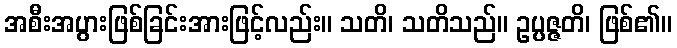
အစီးအပွားဖြစ်ခြင်းအားဖြင့်လည်း။ သတိ၊ သတိသည်။ ဥပ္ပဇ္ဇတိ၊ ဖြစ်၏။